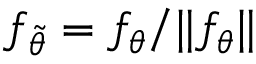
f _ { \tilde { \theta } } = f _ { \theta } / \| f _ { \theta } \|